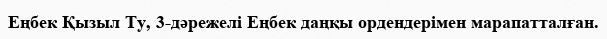
Еңбек Қызыл Ту, 3-дәрежелі Еңбек даңқы ордендерімен марапатталған.